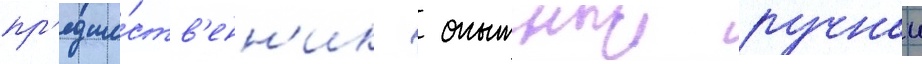
пр'едше́ств'енн'ик  опытныи ручнои